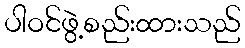
ပါဝင်ဖွဲ့စည်းထားသည်